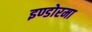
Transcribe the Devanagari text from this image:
इण्डोरमा